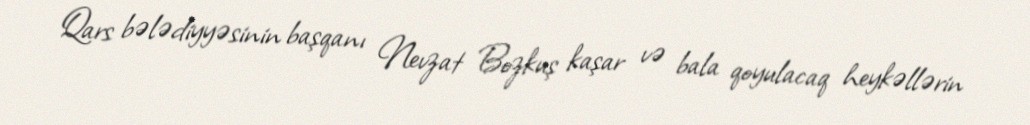
Qars bələdiyyəsinin başqanı Nevzat Bozkuş kaşar və bala qoyulacaq heykəllərin